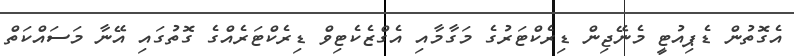
އެގޮތުން ޑެޕިއުޓީ މެނޭޖިން ޑިރެކްޓަރުގެ މަގާމާއި އެގްޒެކެޓިވް ޑިރެކްޓަރެއްގެ ގޮތުގައި އޭނާ މަސައްކަތް